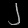
Digit: ၂